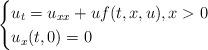
LaTeX: \begin{align*} \begin{cases} u_t=u_{xx}+uf(t,x,u),x>0\cr u_x(t,0)=0 \end{cases} \end{align*}